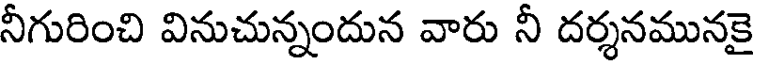
నీగురించి వినుచున్నందున వారు నీ దర్శనమునకై